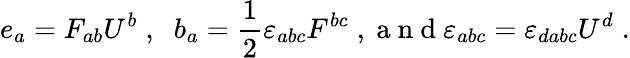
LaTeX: e_{a}=F_{ab}U^{b}\; ,\; \; b_{a}=\frac{1}{2}{\varepsilon}_{abc}F^{bc}\; ,\mathrm{~a~n~d~}{\varepsilon}_{abc}={\varepsilon}_{dabc}U^{d}\; .